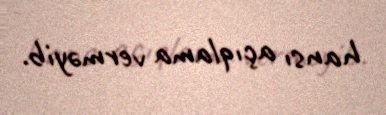
hansı açıqlama verməyib.